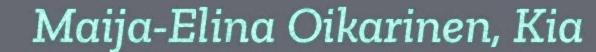
Maija-Elina Oikarinen, Kia